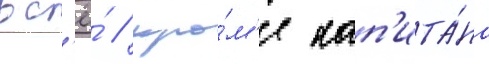
вс'ё́ / кро́м'е кап'ита́на